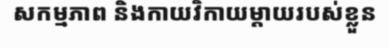
សកម្មភាព និងកាយវិកាយម្តាយរបស់ខ្លួន